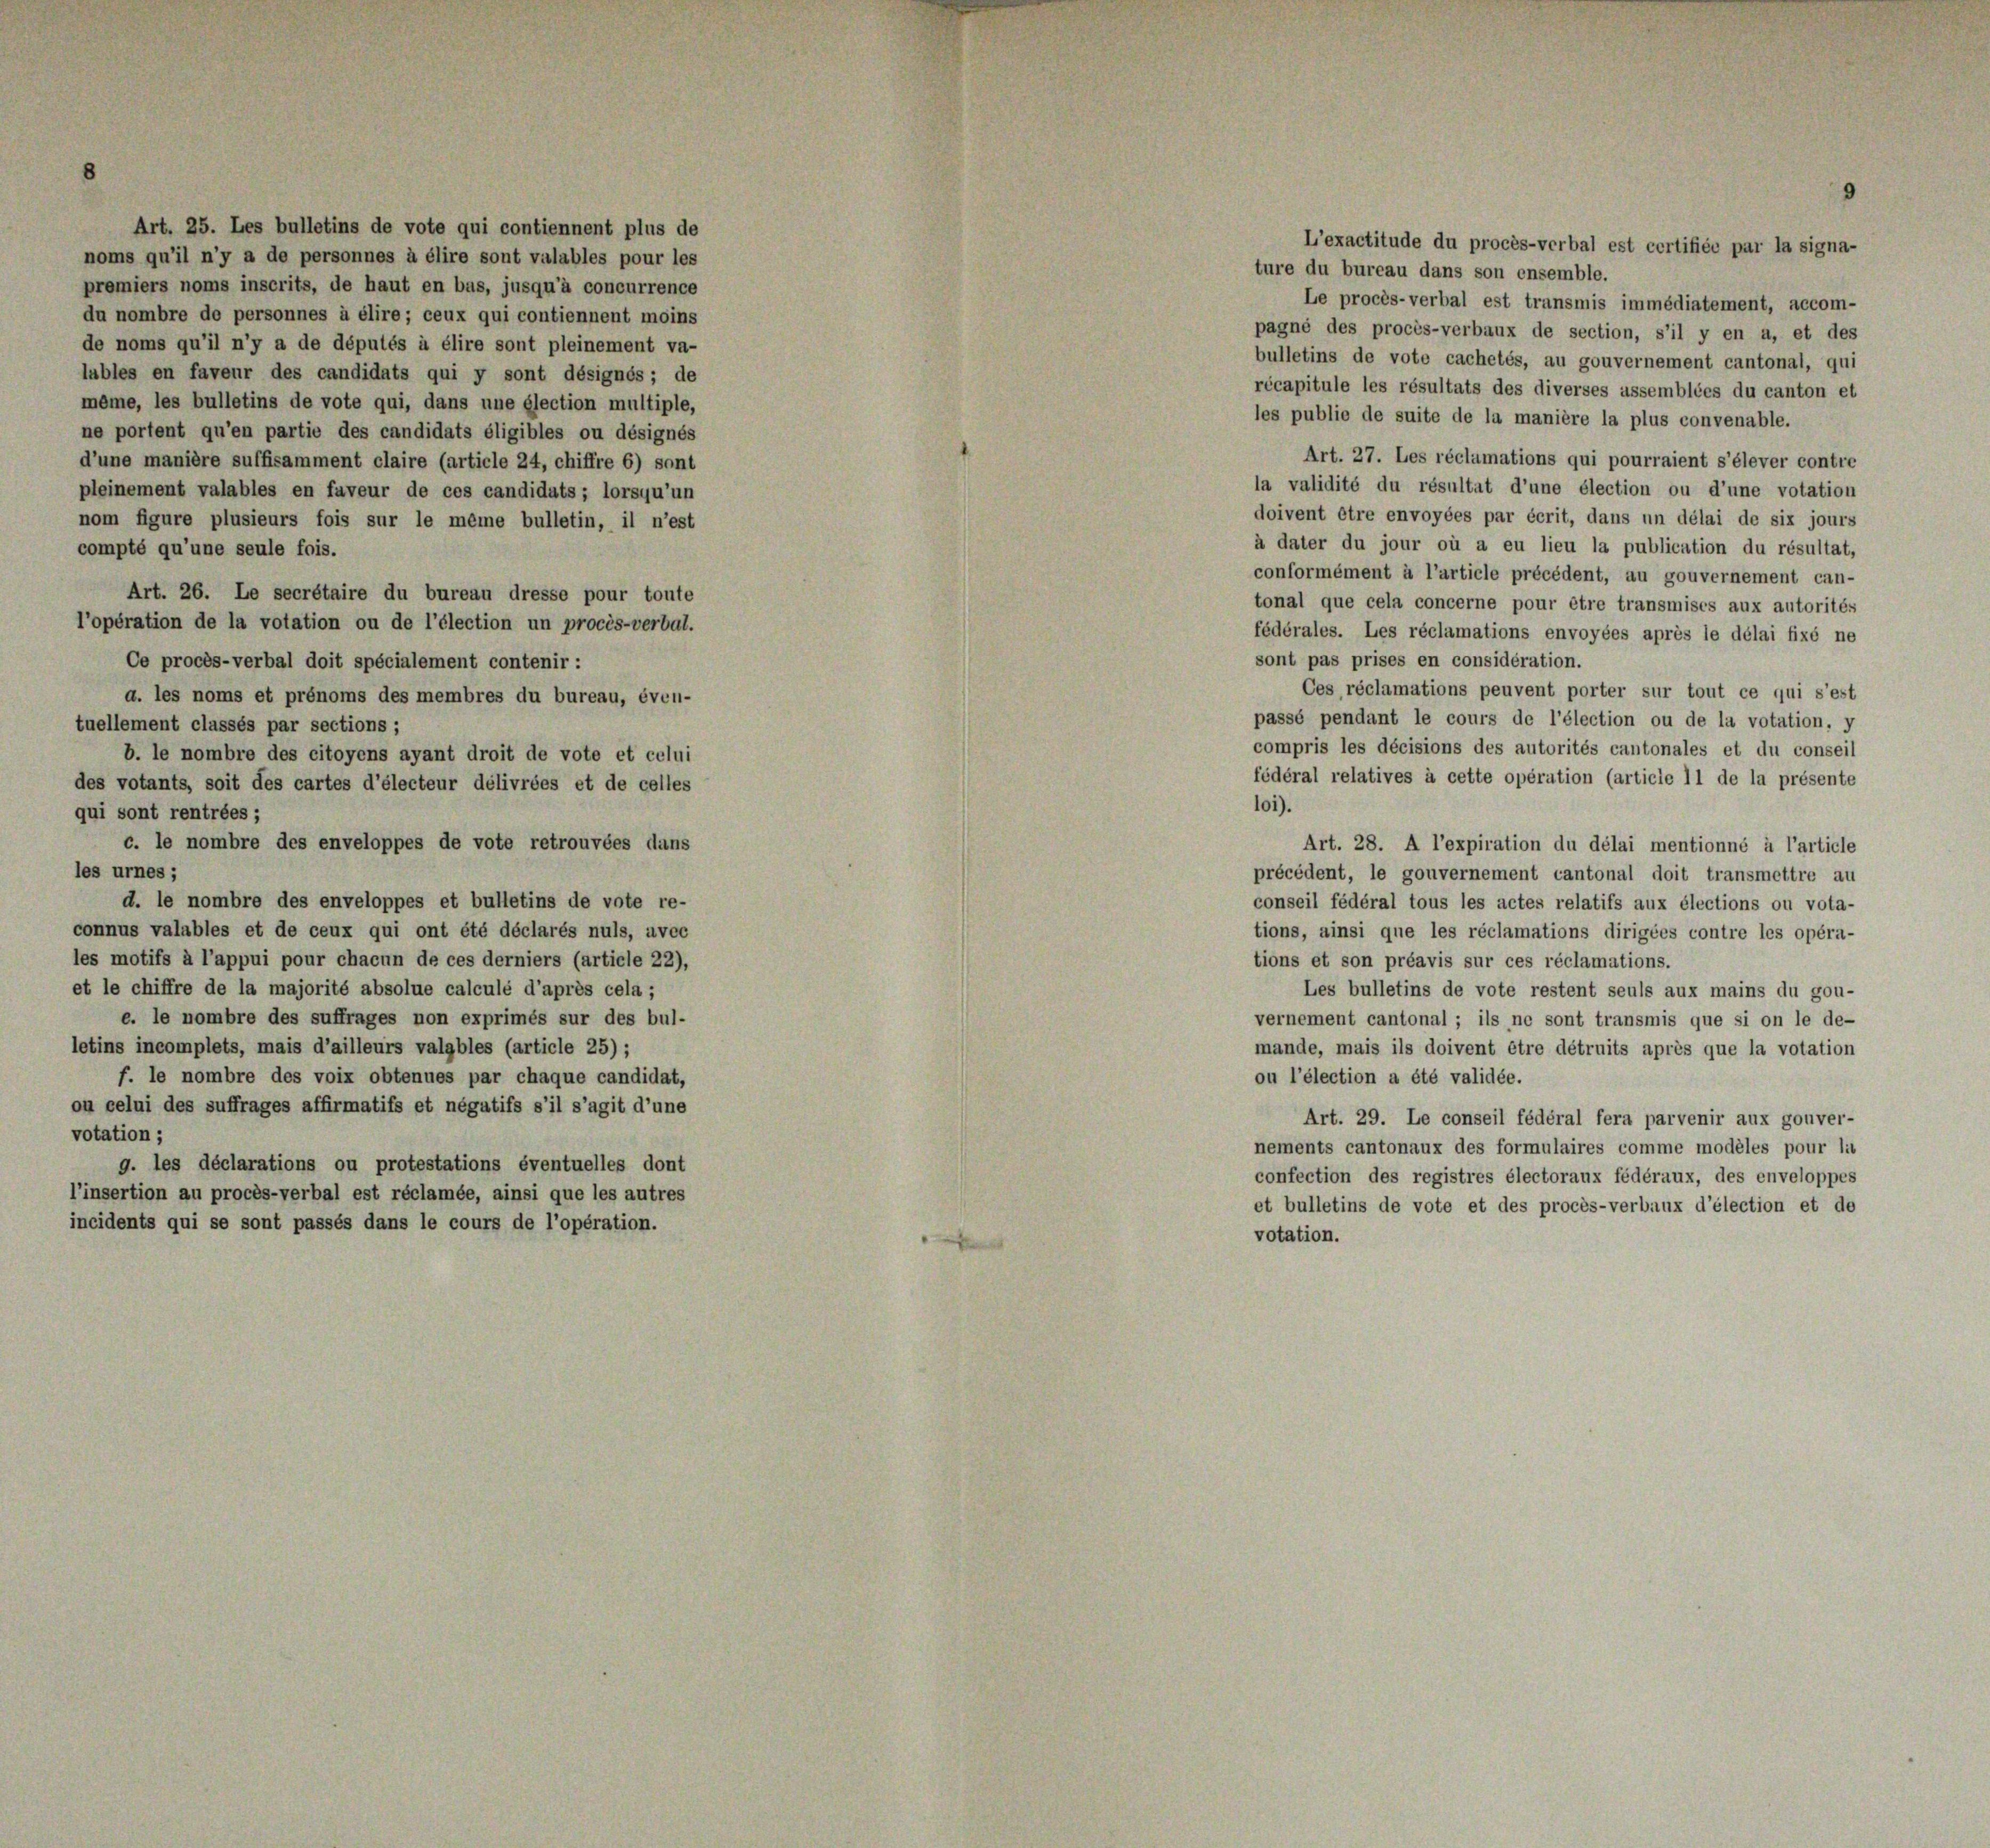
Art. 25. Les bulletins de vote qui contiennent plus de
noms qu’il n’y a de personnes à élire sont valables pour les
premiers noms inscrits, de haut en bas, jusqu’à concurrence
du nombre de personnes à élire; ceux qui contiennent moins
de noms qu’il n’y a de députés à élire sont pleinement va-
lubles en faveur des candidats qui y sont désignés; de
même, les bulletins de vote qui, dans une élection multiple,
ne portent qu’en partie des candidats éligibles ou désignés
d’une manière suffisamment claire (article 24, chiffre 6) sont
pleinement valables en faveur de ces candidats; lorsqu’un
nom figure plusieurs fois sur le même bulletin, il n’est
compté qu’une seule fois.
Art. 26. Le secrétaire du bureau dresse pour toute
l’opération de la votation ou de l’élection un procès-verbal.
Ce procès-verbal doit spécialement contenir :
d. les noms et prénoms des membres du bureau, éven-
tuellement classés par sections;
b. le nombre des citoyens ayant droit de vote et celui
des votants, soit des cartes d’électeur délivrées et de celles
qui sont rentrées;
c. le nombre des enveloppes de vote retrouvées dans
les urnes;
d. le nombre des enveloppes et bulletins de vote re-
connus valables et de ceux qui ont été déclarés nuls, avec
les motifs à l’appui pour chacun de ces derniers (article 22),
et le chiffre de la majorité absolue calculé d’après cela ;
e, le nombre des suffrages non exprimés sur des bul-
letins incomplets, mais d’ailleurs valables (article 25);
f. le nombre des voix obtenues par chaque candidat,
ou celui des suffrages affirmatifs et négatifs s’il s’agit d’une
votation ;
g. les déclarations ou protestations éventuelles dont
l’insertion au procès-verbal est réclamée, ainsi que les autres
incidents qui se sont passés dans le cours de l’opération.

9

L’exactitude du procès-verbal est certifiée par la signa-
ture du bureau dans son ensemble.
Le procès-verbal est transmis immédiatement, accom-
pagné des procès-verbaux de section, s’il y en a, et des
bulletins de vote cachetés, au gouvernement cantonal, qui
récapitule les résultats des diverses assemblées du canton et
les publie de suite de la manière la plus convenable.
Art. 27. Les réclamations qui pourraient s’élever contre
la validité du résultat d’une élection ou d’une votation
doivent être envoyées par écrit, dans un délai de six jours
à dater du jour où a eu lieu la publication du résultat,
conformément à l’article précédent, au gouvernement can-
tonal que cela concerne pour être transmises aux autorités
fédérales. Les réclamations envoyées après le délai fixé ne
sont pas prises en considération.
Ces réclamations peuvent porter sur tout ce qui s’est
passé pendant le cours de l’élection ou de la votation, y
compris les décisions des autorités cantonales et du conseil
fédéral relatives à cette opération (article 11 de la présente
101).
Art. 28. A l’expiration du délai mentionné à l’article
précédent, le gouvernement cantonal doit transmettre au
conseil fédéral tous les actes relatifs aux élections ou vota-
tions, ainsi que les réclamations dirigées contre les opéra-
tions et son préavis sur ces réclamations.
Les bulletins de vote restent seuls aux mains du gou-
vernement cantonal ; ils ne sont transmis que si on le de-
mande, mais ils doivent être détruits après que la votation
ou l’élection a été validée.
Art. 29. Le conseil fédéral fera parvenir aux gouver-
nements cantonaux des formulaires comme modèles pour la
confection des registres électoraux fédéraux, des enveloppes
et bulletins de vote et des procès-verbaux d’élection et de
votation.